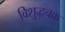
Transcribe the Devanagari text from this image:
विशुद्धचक्र